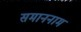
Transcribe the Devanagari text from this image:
समाननाम